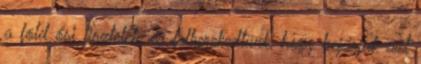
a föld ősi tisztelete és felkerekedtünk, hogy bejárjuk azt